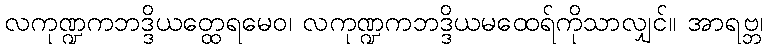
လကုဏ္ဍကဘဒ္ဒိယတ္ထေရမေဝ၊ လကုဏ္ဍကဘဒ္ဒိယမထေရ်ကိုသာလျှင်။ အာရဗ္ဘ၊